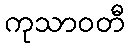
ကုသာဝတီ